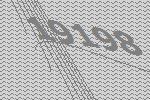
19198